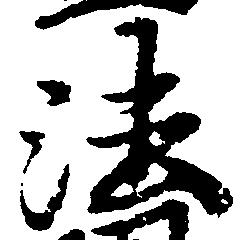
法